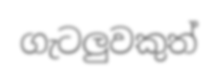
ගැටලුවකුත්